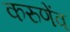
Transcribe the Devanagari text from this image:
करुणेंव